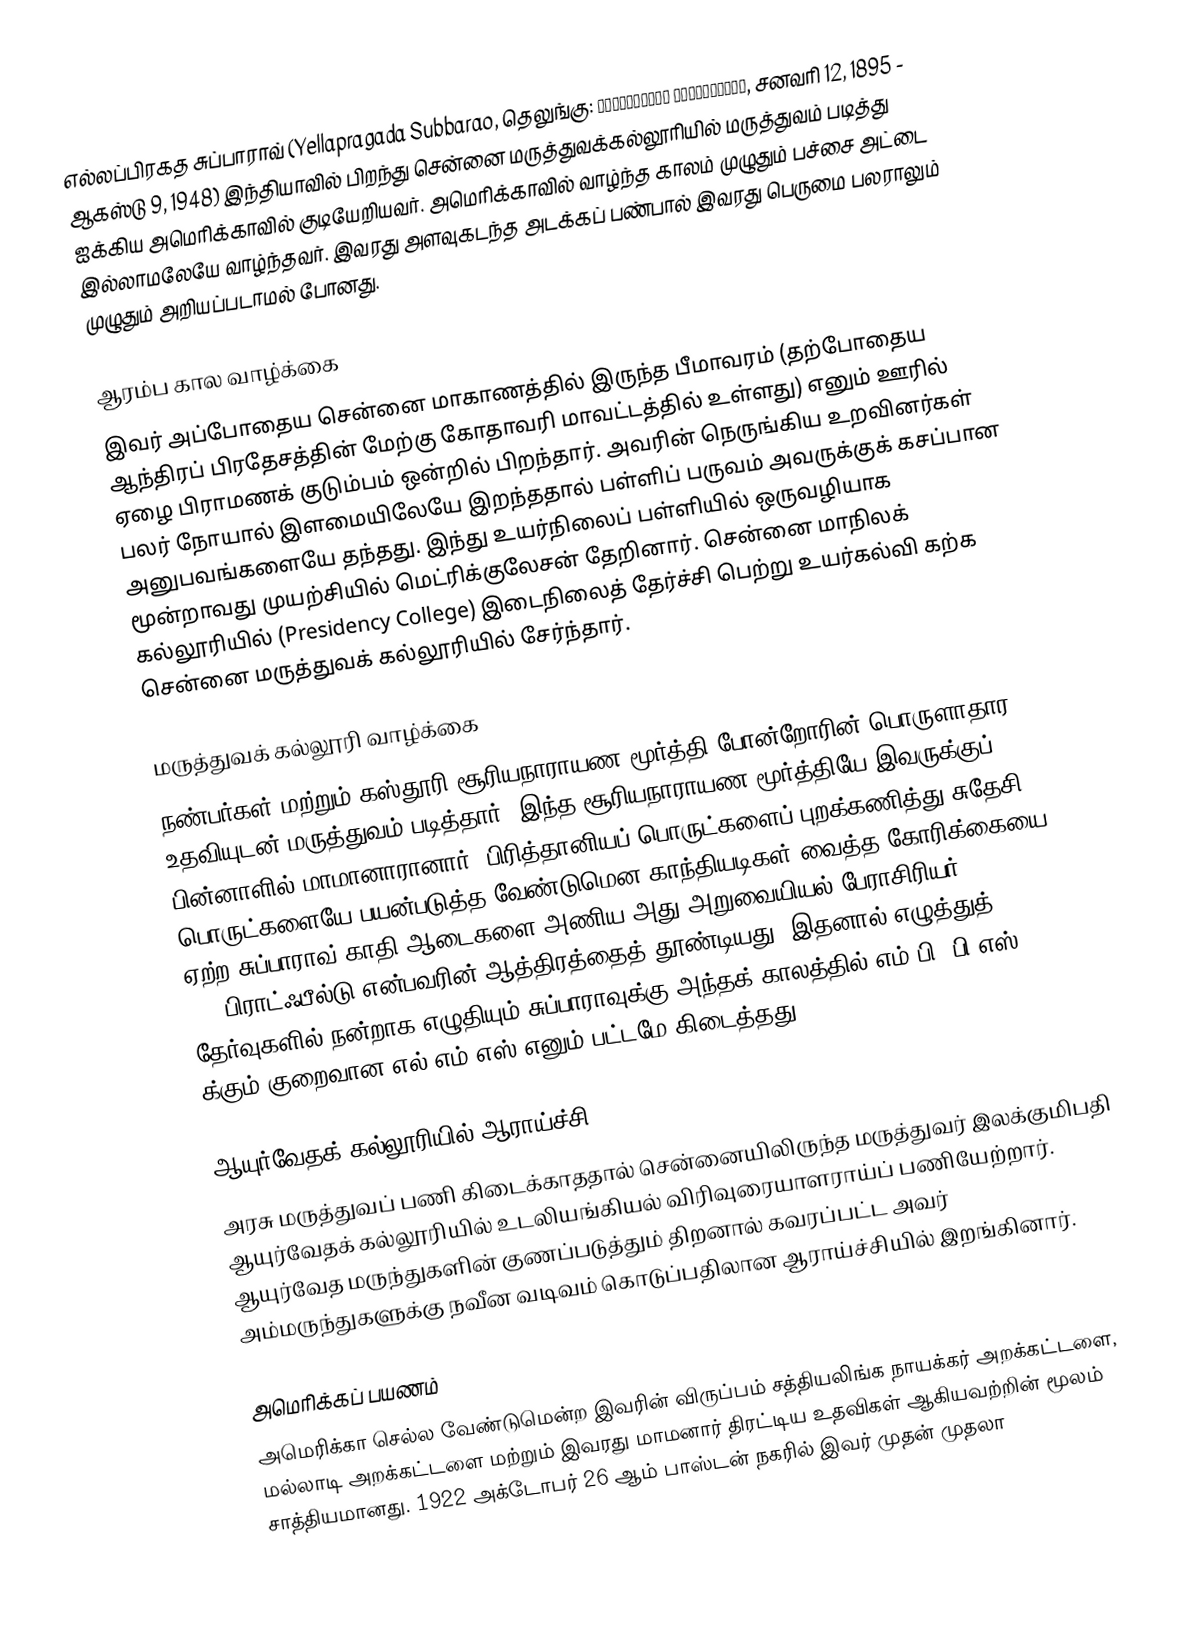
எல்லப்பிரகத சுப்பாராவ் (Yellapragada Subbarao, தெலுங்கு: యెల్లప్రగడ సుబ్బారావు, சனவரி 12, 1895 - ஆகஸ்டு 9, 1948) இந்தியாவில் பிறந்து சென்னை மருத்துவக்கல்லூரியில் மருத்துவம் படித்து ஐக்கிய அமெரிக்காவில் குடியேறியவர். அமெரிக்காவில் வாழ்ந்த காலம் முழுதும் பச்சை அட்டை இல்லாமலேயே வாழ்ந்தவர். இவரது அளவுகடந்த அடக்கப் பண்பால் இவரது பெருமை பலராலும் முழுதும் அறியப்படாமல் போனது.

ஆரம்ப கால வாழ்க்கை
இவர்  அப்போதைய சென்னை மாகாணத்தில் இருந்த பீமாவரம் (தற்போதைய ஆந்திரப் பிரதேசத்தின் மேற்கு கோதாவரி மாவட்டத்தில் உள்ளது) எனும் ஊரில் ஏழை பிராமணக் குடும்பம் ஒன்றில் பிறந்தார். அவரின் நெருங்கிய உறவினர்கள் பலர் நோயால் இளமையிலேயே இறந்ததால் பள்ளிப் பருவம் அவருக்குக் கசப்பான அனுபவங்களையே தந்தது. இந்து உயர்நிலைப் பள்ளியில் ஒருவழியாக மூன்றாவது முயற்சியில் மெட்ரிக்குலேசன் தேறினார். சென்னை மாநிலக் கல்லூரியில் (Presidency College) இடைநிலைத் தேர்ச்சி பெற்று உயர்கல்வி கற்க சென்னை மருத்துவக் கல்லூரியில் சேர்ந்தார்.

மருத்துவக் கல்லூரி வாழ்க்கை
நண்பர்கள் மற்றும் கஸ்தூரி சூரியநாராயண மூர்த்தி போன்றோரின் பொருளாதார உதவியுடன் மருத்துவம் படித்தார். இந்த சூரியநாராயண மூர்த்தியே இவருக்குப் பின்னாளில் மாமானாரானார். பிரித்தானியப் பொருட்களைப் புறக்கணித்து சுதேசி பொருட்களையே பயன்படுத்த வேண்டுமென காந்தியடிகள் வைத்த கோரிக்கையை ஏற்ற சுப்பாராவ் காதி ஆடைகளை அணிய அது அறுவையியல் பேராசிரியர் M.C.பிராட்ஃபீல்டு என்பவரின் ஆத்திரத்தைத் தூண்டியது. இதனால் எழுத்துத் தேர்வுகளில் நன்றாக எழுதியும் சுப்பாராவுக்கு அந்தக் காலத்தில் எம்.பி.,பி.எஸ்., க்கும் குறைவான எல்.எம்.எஸ் எனும் பட்டமே கிடைத்தது.

ஆயுர்வேதக் கல்லூரியில் ஆராய்ச்சி
அரசு மருத்துவப் பணி கிடைக்காததால் சென்னையிலிருந்த மருத்துவர் இலக்குமிபதி ஆயுர்வேதக் கல்லூரியில் உடலியங்கியல் விரிவுரையாளராய்ப் பணியேற்றார். ஆயுர்வேத மருந்துகளின் குணப்படுத்தும் திறனால் கவரப்பட்ட அவர் அம்மருந்துகளுக்கு நவீன வடிவம் கொடுப்பதிலான ஆராய்ச்சியில் இறங்கினார்.

அமெரிக்கப் பயணம்
அமெரிக்கா செல்ல வேண்டுமென்ற இவரின் விருப்பம் சத்தியலிங்க நாயக்கர் அறக்கட்டளை, மல்லாடி அறக்கட்டளை மற்றும் இவரது மாமனார் திரட்டிய உதவிகள் ஆகியவற்றின் மூலம் சாத்தியமானது. 1922 அக்டோபர் 26 ஆம் பாஸ்டன் நகரில் இவர் முதன் முதலா